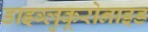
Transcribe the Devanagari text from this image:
डाइग्लुकूरोनाइड